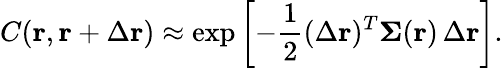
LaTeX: C(\mathbf{r},\mathbf{r}+\Delta\mathbf{r})\approx\exp\left[-\frac{1}{2}(\Delta\mathbf{r})^{T}\mathbf{\Sigma}(\mathbf{r})\, \Delta\mathbf{r}\right].